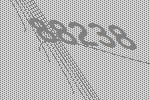
88238